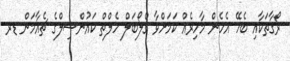
ރޯގާތަކާއި ބެހޭ އެހެން މާހިރެއް ކަމަށްވާ ގްލޯބަލް ހެލްތް ކައުންސިލްގެ ޗެއާމަން ޑރ